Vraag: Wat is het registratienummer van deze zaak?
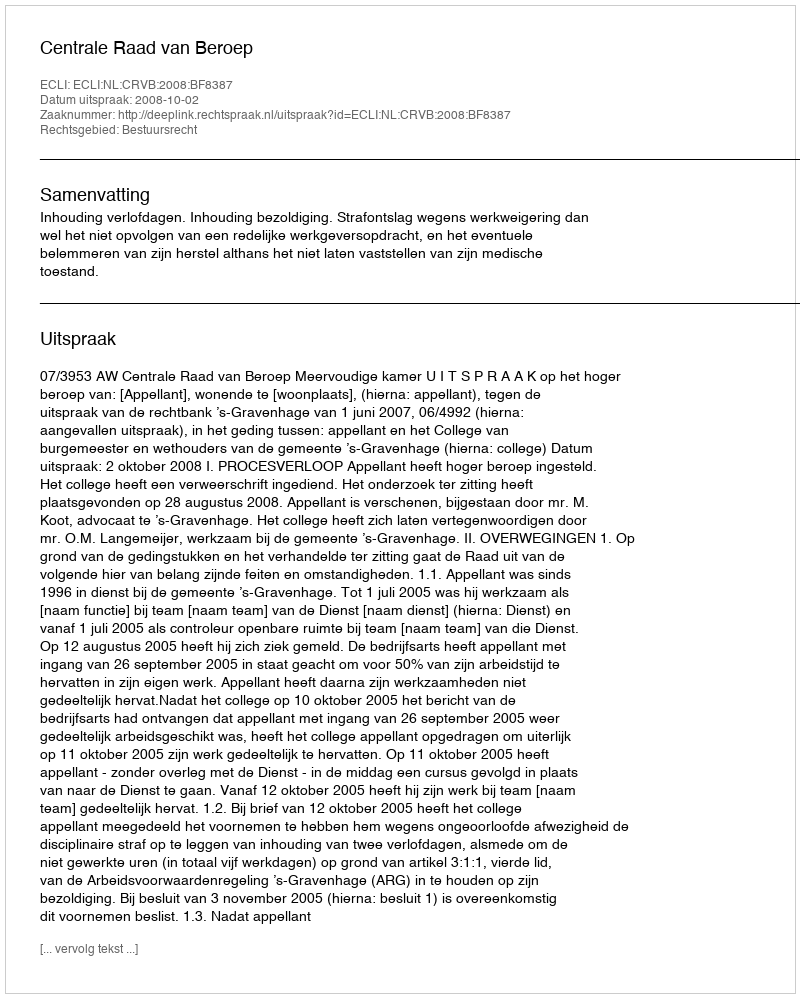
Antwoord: http://deeplink.rechtspraak.nl/uitspraak?id=ECLI:NL:CRVB:2008:BF8387